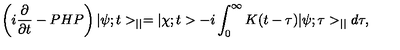
\left( i \frac { \partial } { \partial t } - P H P \right) | \psi ; t > _ { | | } = | \chi ; t > - i \int _ { 0 } ^ { \infty } K ( t - \tau ) | \psi ; \tau > _ { | | } d \tau ,